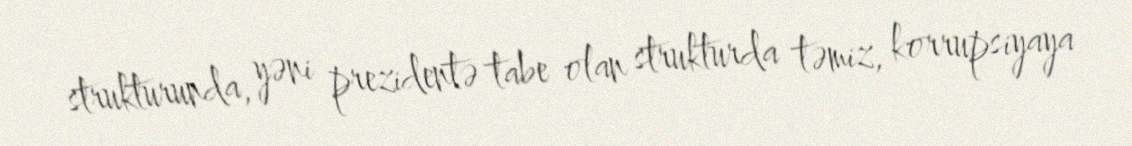
strukturunda, yəni prezidentə tabe olan strukturda təmiz, korrupsiyaya